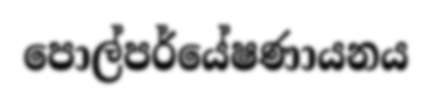
පොල්පර්යේෂණායනය